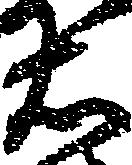
右